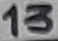
Text: 13